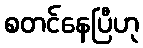
စတင်နေပြီဟု